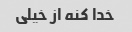
خدا کنه از خیلی